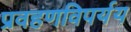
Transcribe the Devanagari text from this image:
प्रवहणविपर्यय